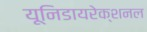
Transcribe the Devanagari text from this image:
यूनिडायरेक्शनल